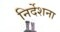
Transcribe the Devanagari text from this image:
निर्देशना